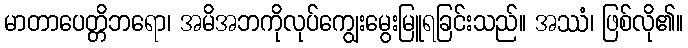
မာတာပေတ္တိဘရော၊ အမိအဘကိုလုပ်ကျွေးမွေးမြူရခြင်းသည်။ အဿံ၊ ဖြစ်လို၏။